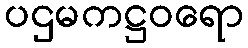
ပဌမကဋ္ဌဝရော